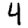
Digit: 4